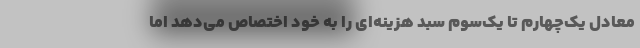
معادل یک‌چهارم تا یک‌سوم سبد هزینه‌ای را به خود اختصاص می‌دهد اما